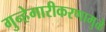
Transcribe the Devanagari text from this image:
गुन्हेगारीकरणामुळे